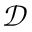
\mathcal { D }